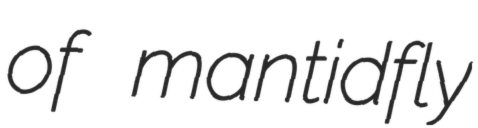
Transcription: of mantidfly